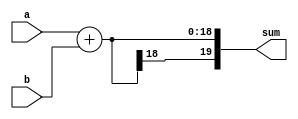
`timescale 1ns / 1ps
//////////////////////////////////////////////////////////////////////////////////
// Company: 
// Engineer: 
// 
// Design Name: 
// Module Name: Add19
// Project Name: 
// Target Devices: 
// Tool Versions: 
// Description: 
// 
// Dependencies: 
// 
// Revision:
// Revision 0.01 - File Created
// Additional Comments:
// 
//////////////////////////////////////////////////////////////////////////////////


module Add18(
    input signed [17:0] a,
    input signed [17:0] b,
    output signed [19:0] sum
    );
    
    assign sum=a+b;
    
endmodule